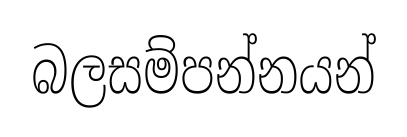
බලසම්පන්නයන්